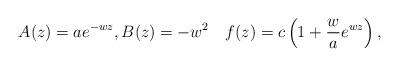
LaTeX: \begin{align*} A(z)=a e^{-wz}, B(z)=-w^2 \quad f(z)=c\left(1+\frac{w}{a}e^{wz}\right), \end{align*}